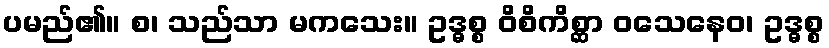
ပမည်၏။ စ၊ သည်သာ မကသေး။ ဥဒ္ဓစ္စ ဝိစိကိစ္ဆာ ဝသေနေဝ၊ ဥဒ္ဓစ္စ